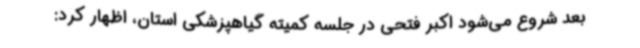
بعد شروع می‌شود اکبر فتحی در جلسه کمیته گیاهپزشکی استان، اظهار کرد: